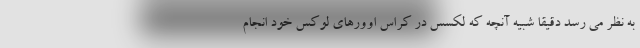
به نظر می رسد دقیقا شبیه آنچه که لکسس در کراس اوورهای لوکس خود انجام